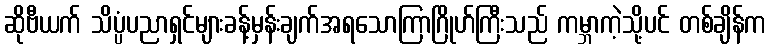
ဆိုဗီယက် သိပ္ပံပညာရှင်များခန့်မှန်းချက်အရသောကြာဂြိုဟ်ကြီးသည် ကမ္ဘာကဲ့သို့ပင် တစ်ချိန်က